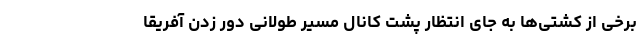
برخی از کشتی‌ها به جای انتظار پشت کانال مسیر طولانی دور زدن آفریقا